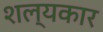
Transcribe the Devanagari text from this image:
शल्यकार